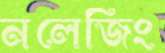
নলেজিং